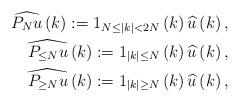
LaTeX: \begin{align*}\widehat{P_Nu}\left(k\right) := 1_{N \leq \left|k\right| <2N}\left(k\right) \widehat{u}\left(k\right), \\\widehat{P_{\leq N} u}\left(k \right) := 1_{\left|k\right| \leq N}\left(k\right) \widehat{u}\left(k\right), \\\widehat{P_{\geq N} u}\left(k \right) := 1_{\left|k\right| \geq N}\left(k\right) \widehat{u}\left(k\right),\end{align*}